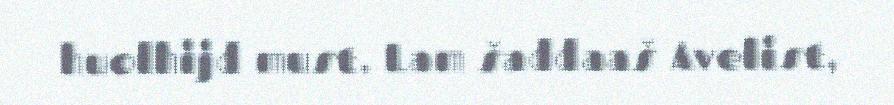
huolhijd must. Lam šaddaaš Avelist,